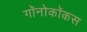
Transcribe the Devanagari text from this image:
गॉनोकॉकस